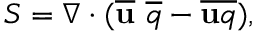
S = \nabla \cdot ( \overline { { \mathbf { u } } } ~ \overline { { q } } - \overline { { \mathbf { u } q } } ) ,